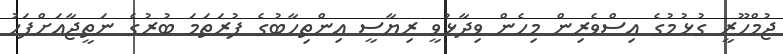
ޖުމްހޫރީ ގުޅުމުގެ އިސްވެރިން މިހެން ވިދާޅުވީ ރިޔާސީ އިންތިހާބުގެ ފުރަތަމަ ބުރުގެ ނަތީޖާއަށްފަހު